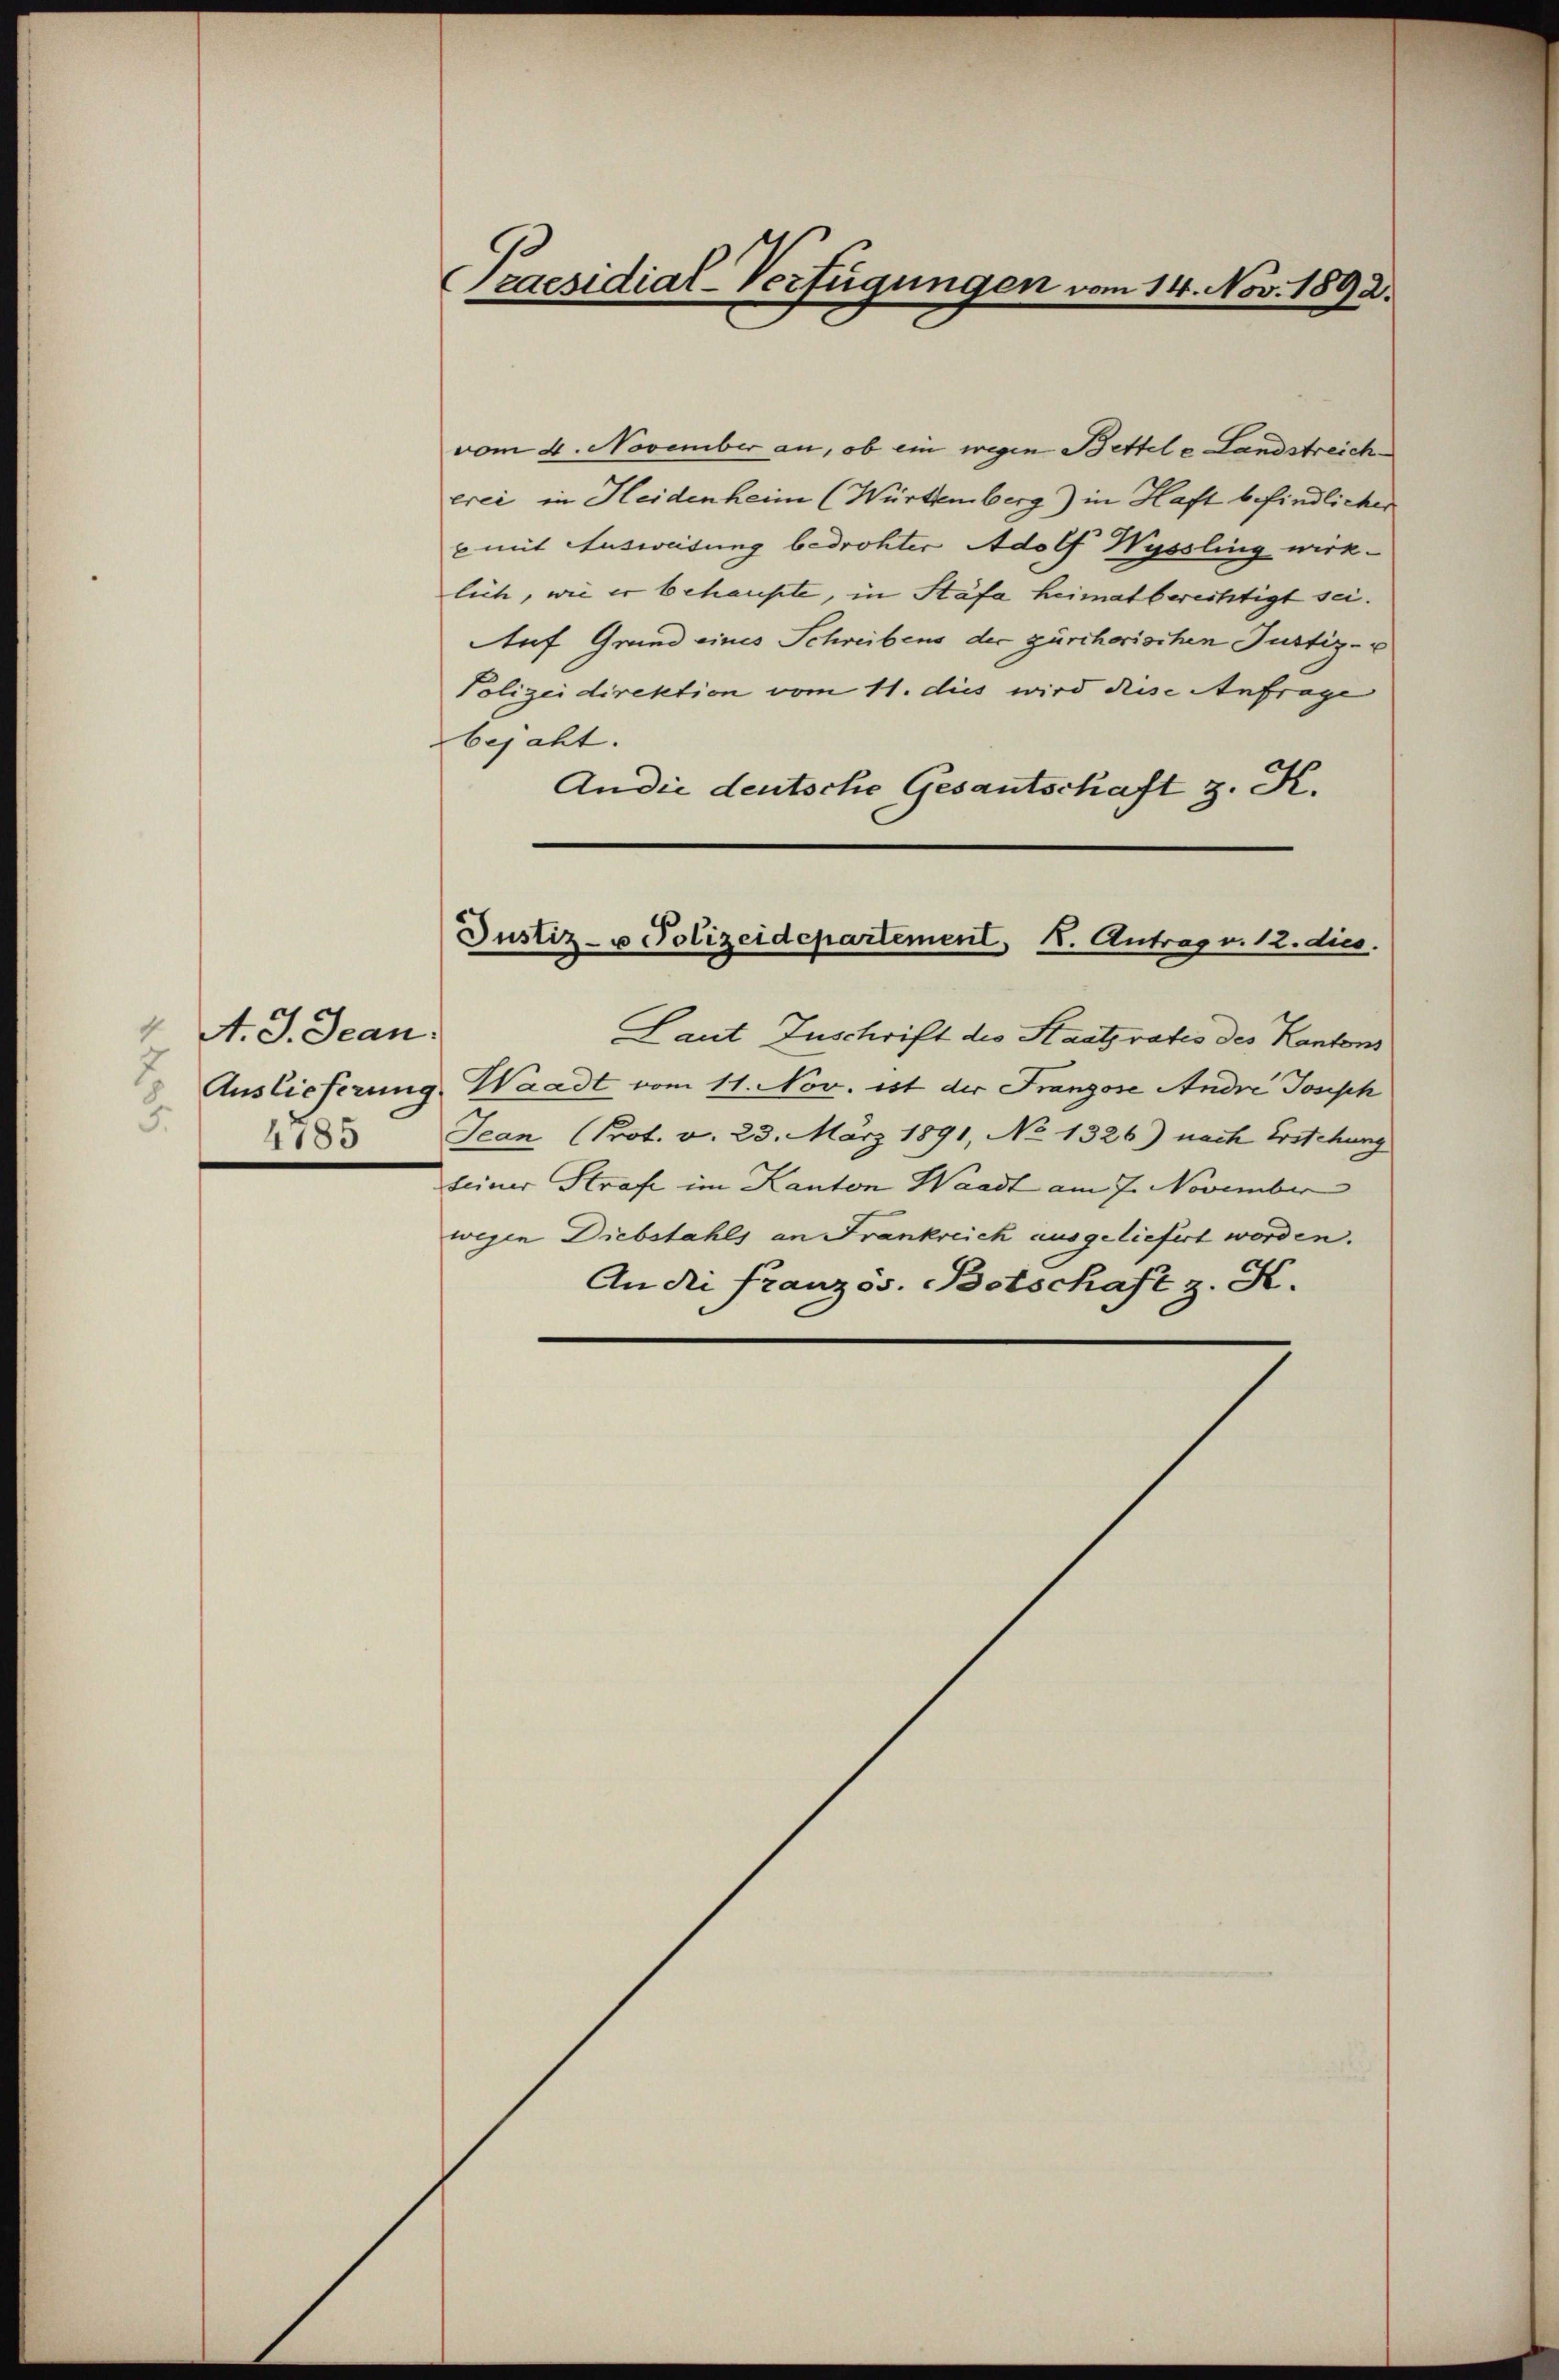
A. J. Jean
5.
1785

Praesidial-Verfügungen vom 14. Nov. 1892.

Justiz- u Polizeidepartement, I. Antrag v. 12. dies

vom 4. November an, ob ein wegen Bettel e Landstreich
erei in Heidenheim (Württemberg) in Haft befindlichen
x mit Ausweisung bedrohter Adolf Wyssling wirk-
lich, wie er behaupte, in Stäfa heimatberechtigt sei.
Auf Grund eines Schreibens der zürcherischen Justiz-
Polizeidirektion vom 11. dies wird diese Anfrage
bejaht.
Andie deutsche Gesantschaft z. K.
Laut Zuschrift des Staatsratio des Kantons
 Auslieferung, Waadt vom 11. Nov. ist der Franzose Andre Joseph
Jean (Prot. v. 23. März 1891, No 1326) nach Erstehung
seiner Strafe im Kanton Waadt am 7. November
wegen Diebstahls an Frankreich ausgeliefert worden.
An die Französ. Botschaft z. S.